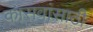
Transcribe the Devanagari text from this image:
कासवांसाठी